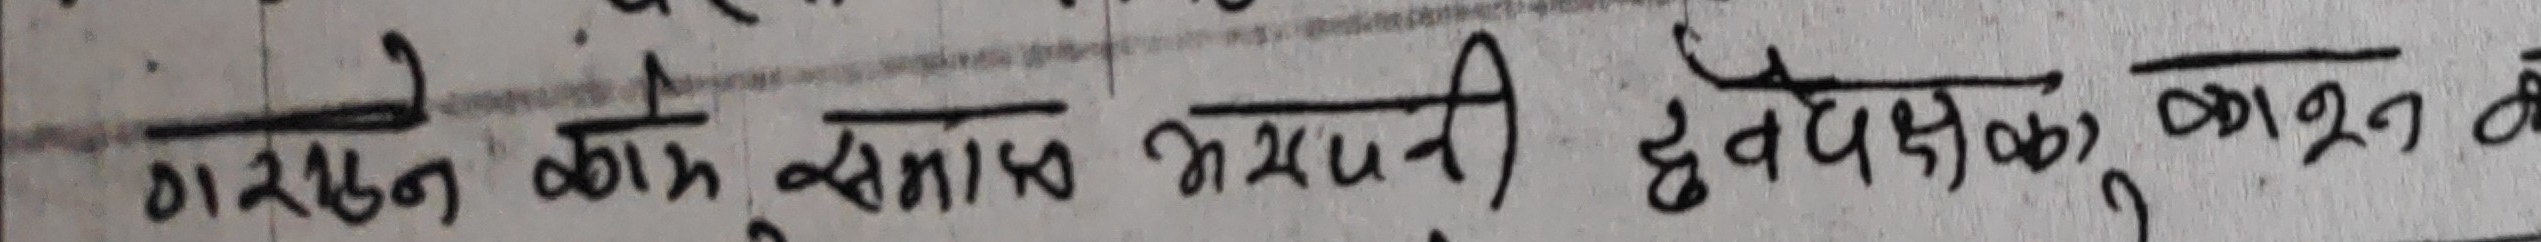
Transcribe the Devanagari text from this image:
ने राखुन काम समाप्त भएपनि द्वैपक्षिक कानून के